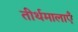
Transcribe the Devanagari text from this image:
तीर्थमालाएँ